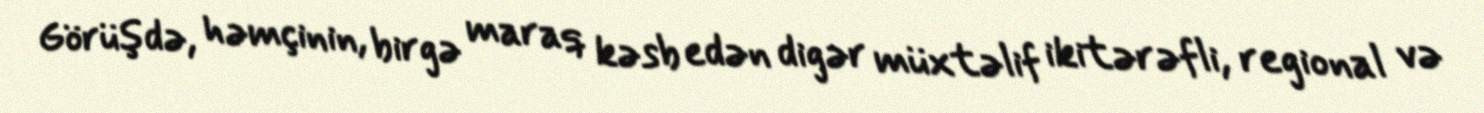
Görüşdə, həmçinin, birgə maraq kəsb edən digər müxtəlif ikitərəfli, regional və